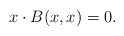
\begin{align*} x \cdot B(x,x) = 0. \end{align*}